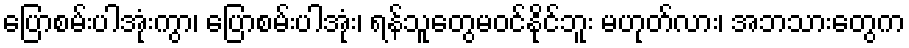
ပြောစမ်းပါအုံးကွာ၊ ပြောစမ်းပါအုံး၊ ရန်သူတွေမဝင်နိုင်ဘူး မဟုတ်လား၊ အဘသားတွေက